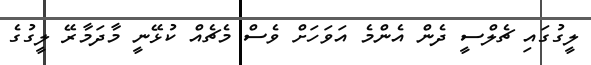
ލީގުގައި ޗެލްސީ ދެން އެންމެ އަވަހަށް ވެސް މެޗެއް ކުޅޭނީ މާދަމާރޭ ލީގުގެ